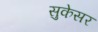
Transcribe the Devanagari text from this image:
सुकेसर